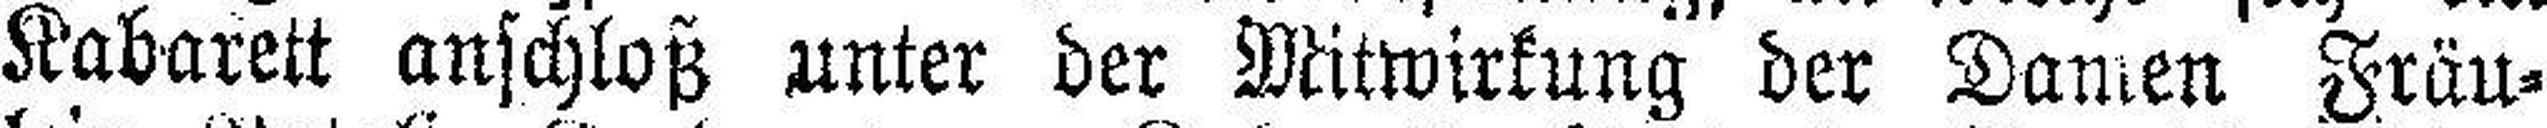
Kabarett anschloß unter der Mitwirkung der Damen Fräu¬